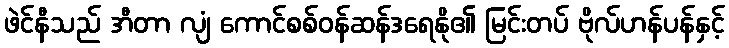
ဖဲင်နီသည် အီတာ လျံ ကောင်စစ်ဝန်ဆန်ဒရေနို၏ မြင်းတပ် ဗိုလ်ဟန်ပန်နှင့်